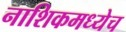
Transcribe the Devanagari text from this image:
नाशिकमध्येच